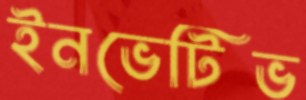
ইনভেটিভ